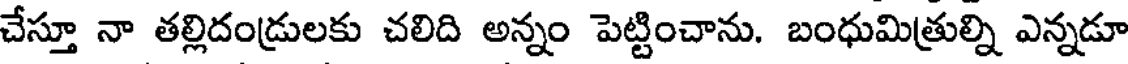
చేస్తూ నా తల్లిదండ్రులకు చలిది అన్నం పెట్టించాను. బంధుమిత్రుల్ని ఎన్నడూ